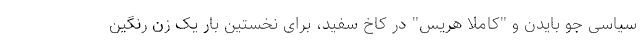
سیاسی جو بایدن و "کاملا هریس" در کاخ سفید، برای نخستین بار یک زن رنگین